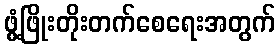
ဖွံ့ဖြိုးတိုးတက်စေရေးအတွက်